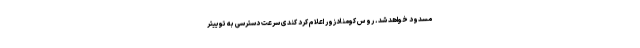
مسدود خواهد شد. روس کومنادزور اعلام کرد کندی سرعت دسترسی به توییتر